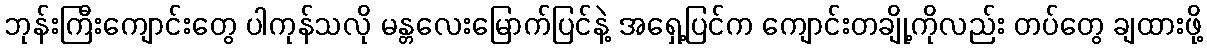
ဘုန်းကြီးကျောင်းတွေ ပါကုန်သလို မန္တလေးမြောက်ပြင်နဲ့ အရှေ့ပြင်က ကျောင်းတချို့ကိုလည်း တပ်တွေ ချထားဖို့